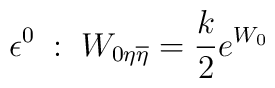
\epsilon^{0} \; : \; W_{0\eta\overline{\eta}}={k\over 2}e^{W_0}